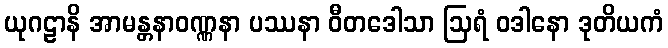
ယုဂဠာနိ အာမန္တနာဝဏ္ဏနာ ပဿနာ ဝီတဒေါသာ ဩရံ ဝဒါနော ဒုတိယကံ